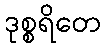
ဒုစ္စရိတေ